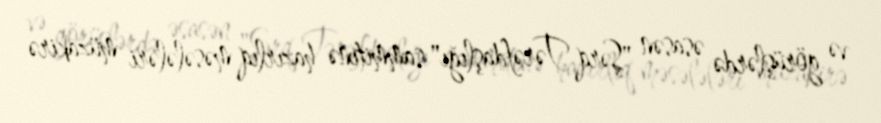
və görüşlərdə əsasən "Şərq Tərəfdaşlığı" sammitinə hazırlıq məsələləri müzakirə